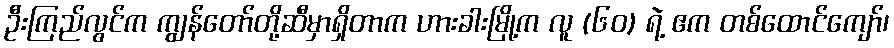
ဦးကြည်လွင်က ကျွန်တော်တို့ဆီမှာရှိတာက ဟားခါးမြို့က လူ (၆၀) ရဲ့ ဧက တစ်ထောင်ကျော်၊